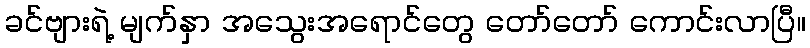
ခင်ဗျားရဲ့ မျက်နှာ အသွေးအရောင်တွေ တော်တော် ကောင်းလာပြီ။